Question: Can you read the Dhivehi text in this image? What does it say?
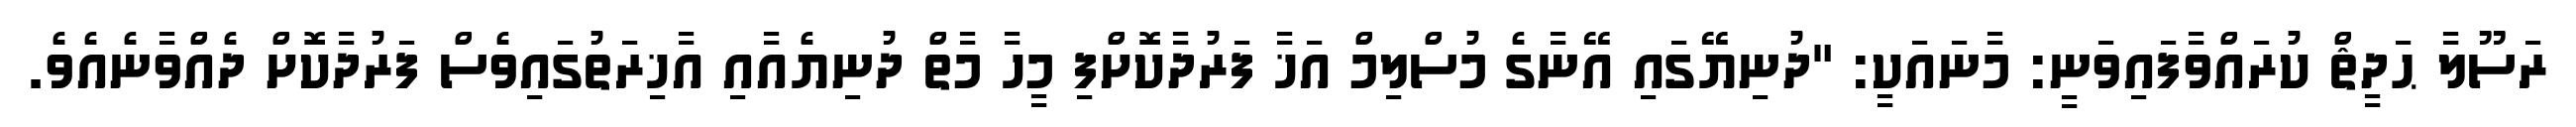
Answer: ރަސޫލާ ޙަދީޘް ކުރައްވާފައިވަނީ: މާނައަކީ: "ދުނިޔޭގައި އޭނާގެ މުސްލިމް އަޚާ ފަރުދާކޮށްފި މީހާ މާތް ދުނިޔެއާއި އާޚިރަތުގައިވެސް ފަރުދާކޮށް ދެއްވާނެއެވެ.